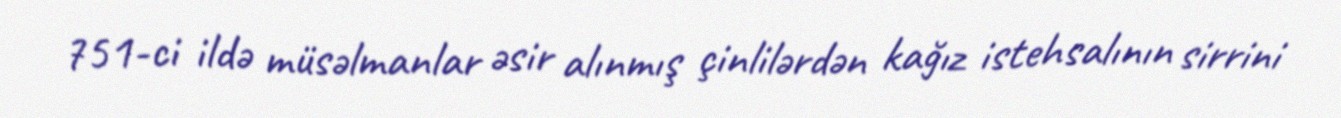
751-ci ildə müsəlmanlar əsir alınmış çinlilərdən kağız istehsalının sirrini